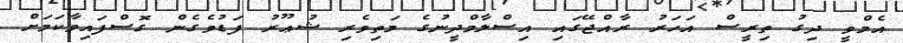
އެމްވީ ދިގު ތިރީސް އަހަރު ރާއްޖޭގައި އިސްލާމްދީނުގެ މަތިވެރި ޝުޢޫރު ފަޑުވެގެން ގޮސްފައިވާކަމަށް